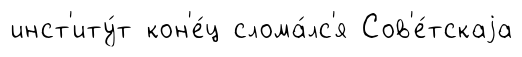
инст'иту́т кон'е́ц слома́лс'я Сов'е́тскаjа